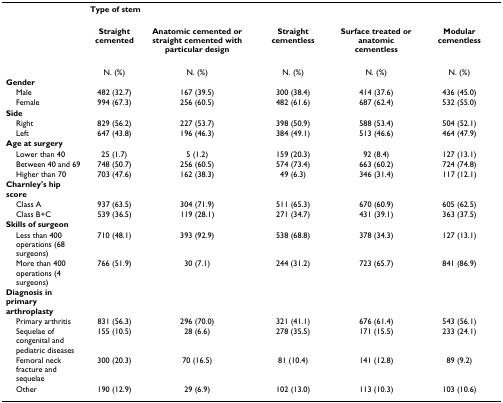
<table><thead><tr><td></td><td colspan="5"><b>Type of stem</b></td></tr></thead><tbody><tr><td></td><td><b>Straight cemented</b></td><td><b>Anatomic cemented or straight cemented with particular design</b></td><td><b>Straight cementless</b></td><td><b>Surface treated or anatomic cementless</b></td><td><b>Modular cementless</b></td></tr><tr><td></td><td>N. (%)</td><td>N. (%)</td><td>N. (%)</td><td>N. (%)</td><td>N. (%)</td></tr><tr><td><b>Gender</b></td><td></td><td></td><td></td><td></td><td></td></tr><tr><td> Male</td><td>482 (32.7)</td><td>167 (39.5)</td><td>300 (38.4)</td><td>414 (37.6)</td><td>436 (45.0)</td></tr><tr><td> Female</td><td>994 (67.3)</td><td>256 (60.5)</td><td>482 (61.6)</td><td>687 (62.4)</td><td>532 (55.0)</td></tr><tr><td><b>Side</b></td><td></td><td></td><td></td><td></td><td></td></tr><tr><td> Right</td><td>829 (56.2)</td><td>227 (53.7)</td><td>398 (50.9)</td><td>588 (53.4)</td><td>504 (52.1)</td></tr><tr><td> Left</td><td>647 (43.8)</td><td>196 (46.3)</td><td>384 (49.1)</td><td>513 (46.6)</td><td>464 (47.9)</td></tr><tr><td><b>Age at surgery</b></td><td></td><td></td><td></td><td></td><td></td></tr><tr><td> Lower than 40</td><td>25 (1.7)</td><td>5 (1.2)</td><td>159 (20.3)</td><td>92 (8.4)</td><td>127 (13.1)</td></tr><tr><td> Between 40 and 69</td><td>748 (50.7)</td><td>256 (60.5)</td><td>574 (73.4)</td><td>663 (60.2)</td><td>724 (74.8)</td></tr><tr><td> Higher than 70</td><td>703 (47.6)</td><td>162 (38.3)</td><td>49 (6.3)</td><td>346 (31.4)</td><td>117 (12.1)</td></tr><tr><td><b>Charnley&#x27;s hip score</b></td><td></td><td></td><td></td><td></td><td></td></tr><tr><td> Class A</td><td>937 (63.5)</td><td>304 (71.9)</td><td>511 (65.3)</td><td>670 (60.9)</td><td>605 (62.5)</td></tr><tr><td> Class B+C</td><td>539 (36.5)</td><td>119 (28.1)</td><td>271 (34.7)</td><td>431 (39.1)</td><td>363 (37.5)</td></tr><tr><td><b>Skills of surgeon</b></td><td></td><td></td><td></td><td></td><td></td></tr><tr><td> Less than 400 operations (68 surgeons)</td><td>710 (48.1)</td><td>393 (92.9)</td><td>538 (68.8)</td><td>378 (34.3)</td><td>127 (13.1)</td></tr><tr><td> More than 400 operations (4 surgeons)</td><td>766 (51.9)</td><td>30 (7.1)</td><td>244 (31.2)</td><td>723 (65.7)</td><td>841 (86.9)</td></tr><tr><td><b>Diagnosis in primary arthroplasty</b></td><td></td><td></td><td></td><td></td><td></td></tr><tr><td> Primary arthritis</td><td>831 (56.3)</td><td>296 (70.0)</td><td>321 (41.1)</td><td>676 (61.4)</td><td>543 (56.1)</td></tr><tr><td> Sequelae of congenital and pediatric diseases</td><td>155 (10.5)</td><td>28 (6.6)</td><td>278 (35.5)</td><td>171 (15.5)</td><td>233 (24.1)</td></tr><tr><td> Femoral neck fracture and sequelae</td><td>300 (20.3)</td><td>70 (16.5)</td><td>81 (10.4)</td><td>141 (12.8)</td><td>89 (9.2)</td></tr><tr><td> Other</td><td>190 (12.9)</td><td>29 (6.9)</td><td>102 (13.0)</td><td>113 (10.3)</td><td>103 (10.6)</td></tr></tbody></table>